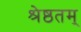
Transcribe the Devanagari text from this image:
श्रेष्ठतम्